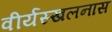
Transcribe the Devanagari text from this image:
वीर्यस्खलनास